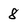
Character: 8